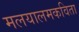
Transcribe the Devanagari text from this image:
मलयालमकविता